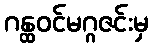
ဂန္ထဝင်မဂ္ဂဇင်းမှ